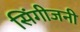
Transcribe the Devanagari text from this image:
सिंगीजनी